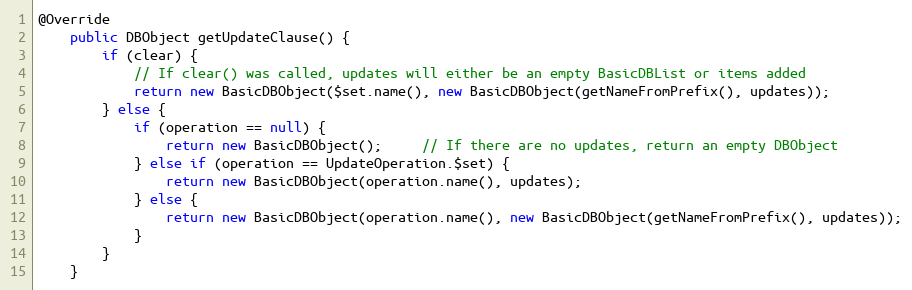
Language: Java
@Override
    public DBObject getUpdateClause() {
        if (clear) {
            // If clear() was called, updates will either be an empty BasicDBList or items added
            return new BasicDBObject($set.name(), new BasicDBObject(getNameFromPrefix(), updates));
        } else {
            if (operation == null) {
                return new BasicDBObject();     // If there are no updates, return an empty DBObject
            } else if (operation == UpdateOperation.$set) {
                return new BasicDBObject(operation.name(), updates);
            } else {
                return new BasicDBObject(operation.name(), new BasicDBObject(getNameFromPrefix(), updates));
            }
        }
    }